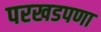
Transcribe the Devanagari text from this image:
परखडपणा